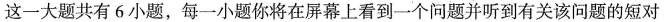
这一大题共有6小题，每一小题你将在屏幕上看到一个问题并听到有关该问题的短对